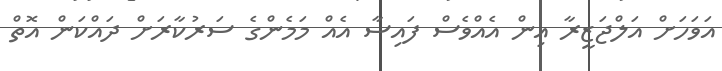
އަވަހަށް އަލްޖަޒީރާ އިން އެއްވެސް ފައިސާ އެއް މަމެންގެ ސަރުކާރަށް ދައްކަން އޮތް